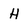
Character: H